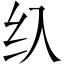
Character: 𱺐